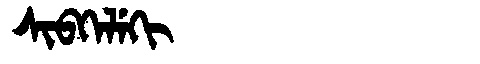
Manchu: ᠰᡳᠪᡴᡝᠯᡝᡴᡳ
Romanization: SIBKELEKI